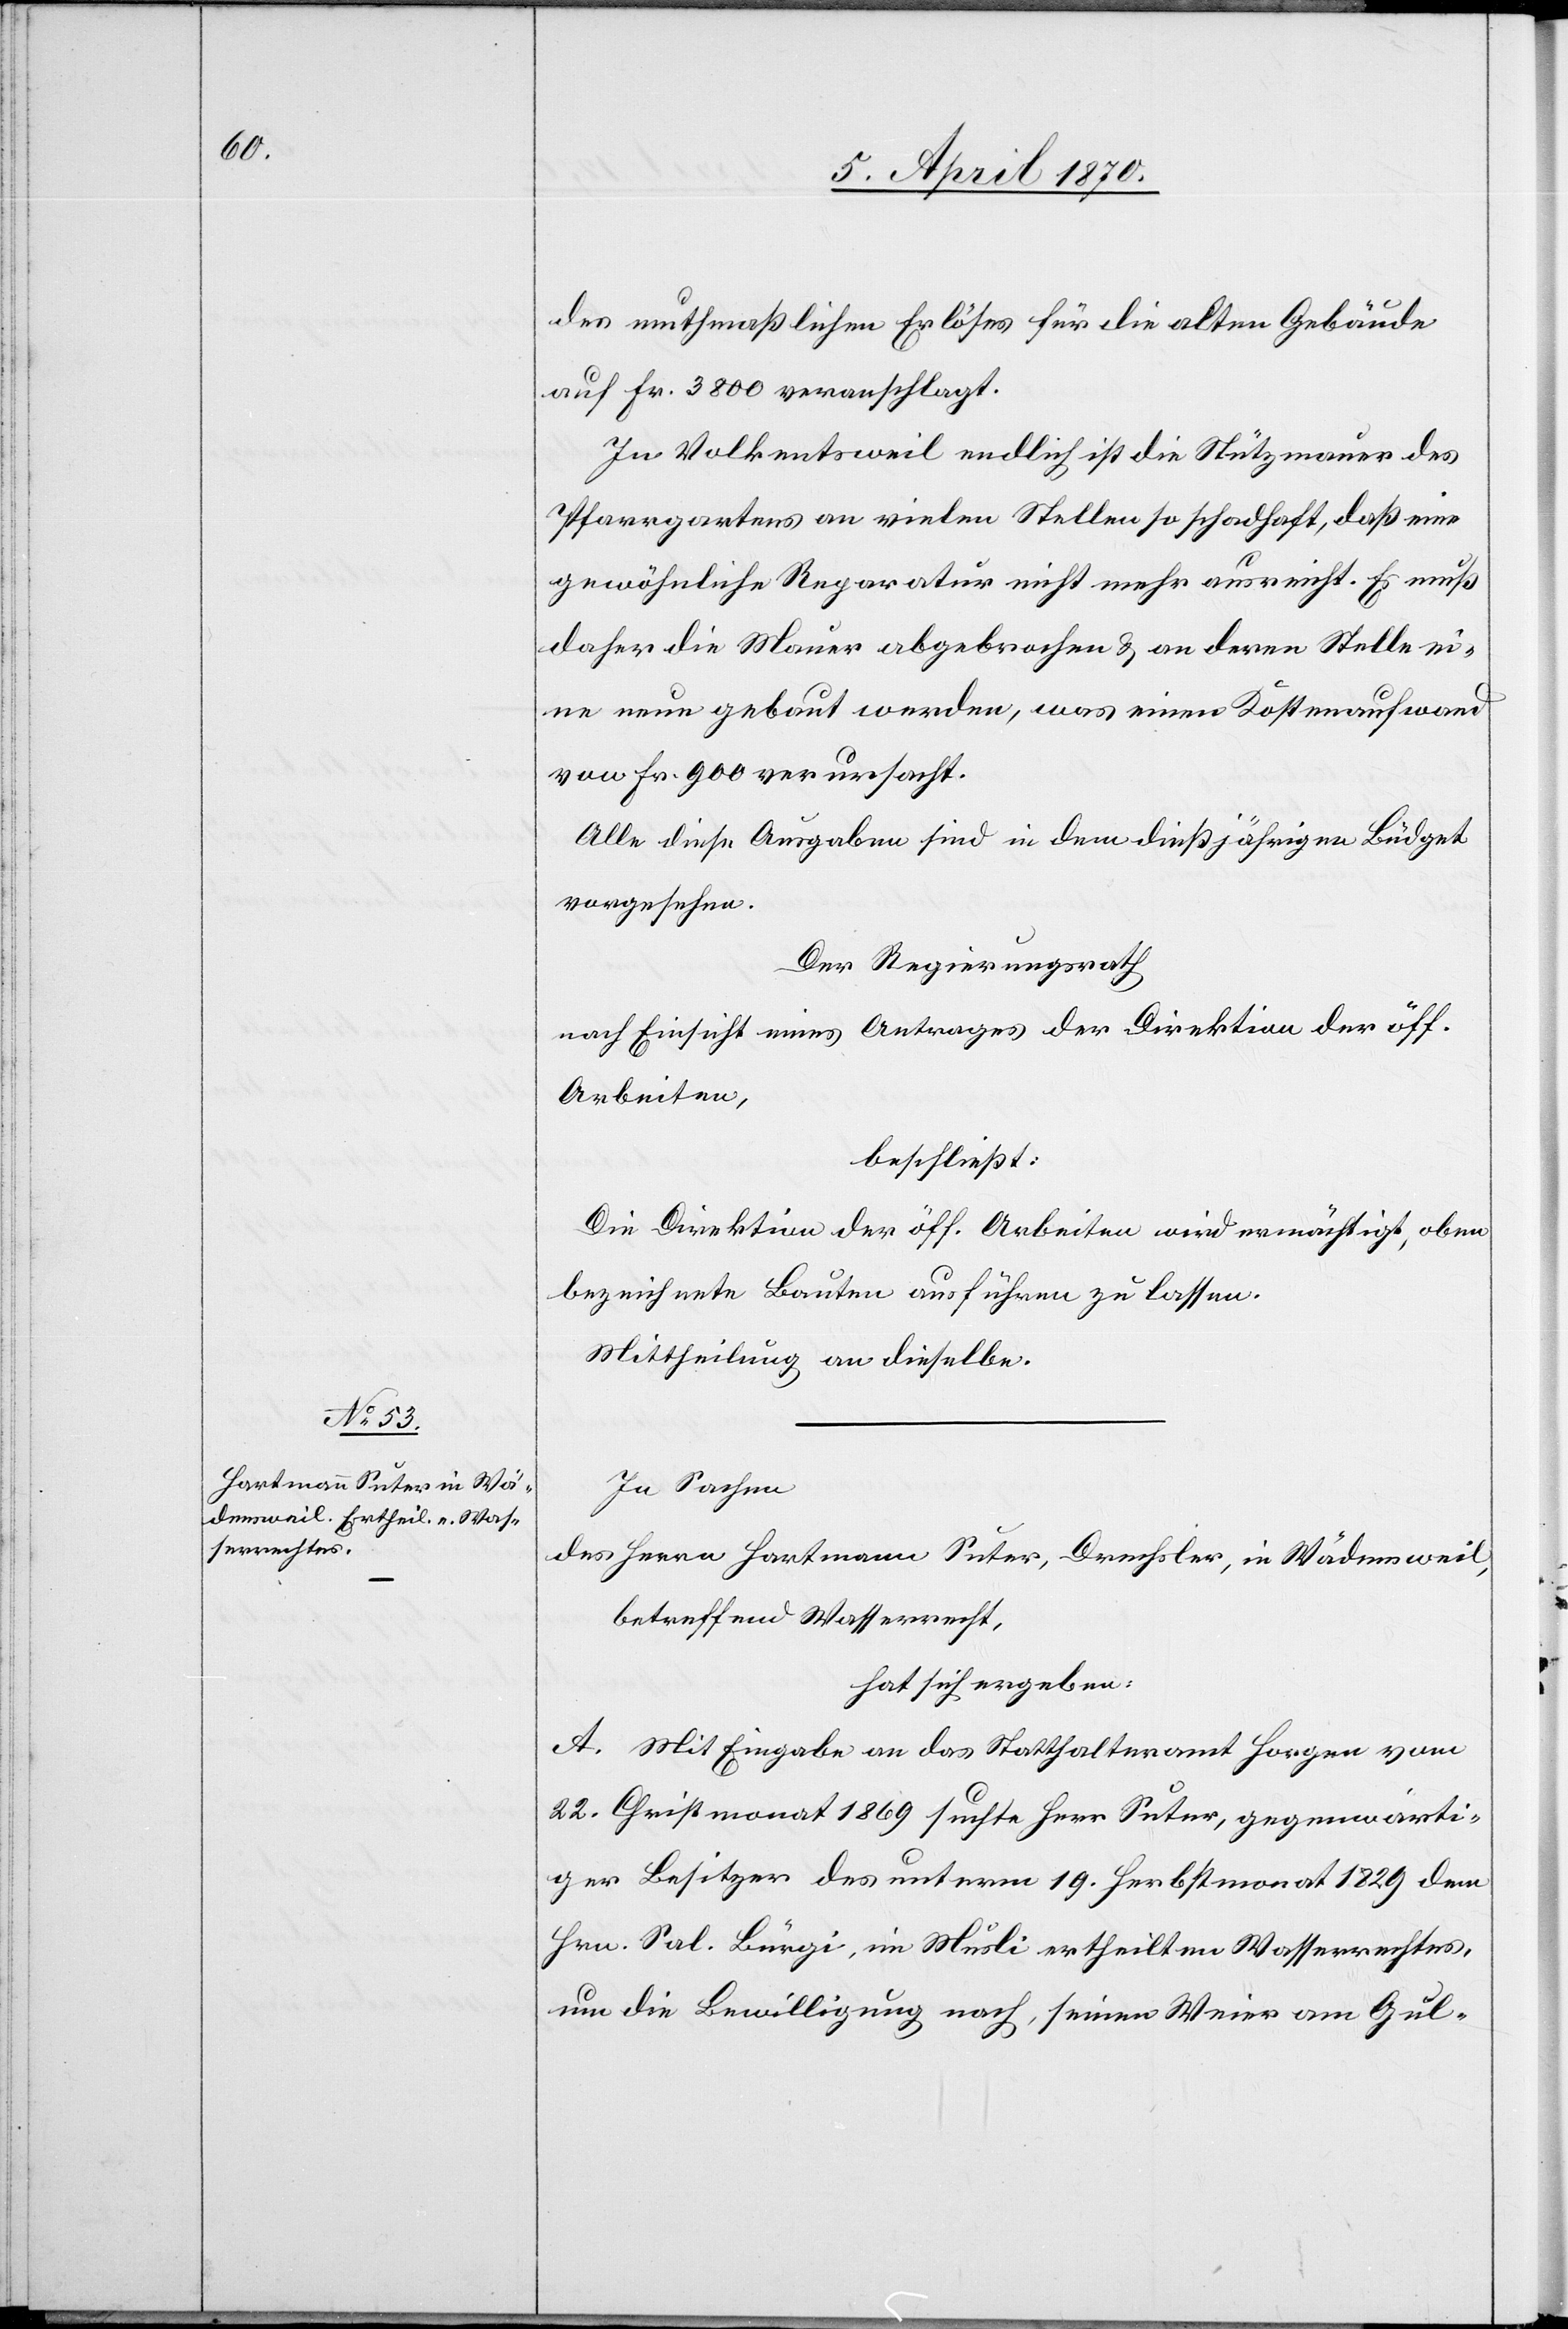
des muthmaßlichen Erlöses [sic!] für die alten Gebäude
auf Fr. 3800 veranschlagt.
In Volketsweil endlich ist die Stützmauer des
Pfarrgartens an vielen Stellen so schadhaft, daß eine
gewöhnliche Reparatur nicht mehr ausreicht. Es muß
daher die Mauer abgebrochen & an deren Stelle ei¬
ne neue gebaut werden, was einen Kostenaufwand
von Fr. 900 verursacht.
Alle diese Ausgaben sind in dem dießjährigen Büdget
vorgesehen.
Der Regierungsrath
nach Einsicht eines Antrages der Direktion der öff.
Arbeiten,
beschließt:
Die Direktion der öff. Arbeiten wird ermächtigt, oben
bezeichnete Bauten ausführen zu lassen.
Mittheilung an dieselbe.
In Sachen
des Herrn Hartmann Suter, Drechsler, in Wädensweil,
betreffend Wasserrecht,
hat sich ergeben:
A. Mit Eingabe an das Statthalteramt Horgen vom
22. Christmonat 1869 suchte Herr Suter, gegenwärti¬
ger Besitzer des unterm 19. Herbstmonat 1829 dem
Hrn. Sal. Bürgi, im Musli ertheilten Wasserrechtes,
um die Bewilligung nach, seinen Weier am Gul-